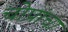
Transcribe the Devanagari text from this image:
चोप्रांचा